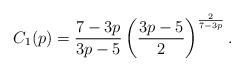
LaTeX: \begin{align*}C_{1}(p)=\frac{7-3p}{3p-5}\left(\frac{3p-5}{2}\right)^{\frac{2}{7-3p}}.\end{align*}